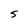
Character: S